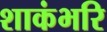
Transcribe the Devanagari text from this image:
शाकंभरि